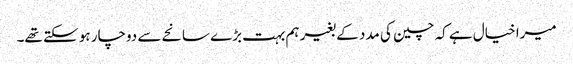
میرا خیال ہے کہ چین کی مدد کے بغیر ہم بہت بڑے سانحے سے دوچار ہو سکتے تھے۔